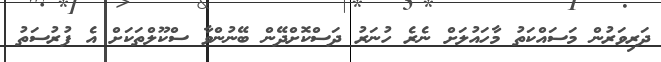
ދަރިވަރުން މަސައްކަތު މާހައުލަށް ނެރެ ހުނަރު ދަސްކޮށްދޭން ބޭނުންވާ ސްކޫލްތަކަށް އެ ފުރުސަތު